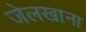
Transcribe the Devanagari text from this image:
जेलखाना